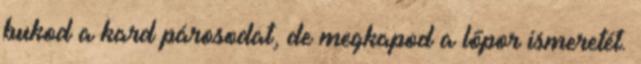
bukod a kard párosodat, de megkapod a lőpor ismeretét.